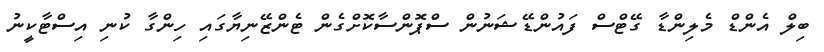
ބިލް އެންޑް މެލިންޑާ ގޭޓްސް ފައުންޑޭޝަނުން ސްޕޮންސާކޮށްގެން ޓެންޒޭނިޔާގައި ހިންގާ ކުނި އިސްޓާކީނު